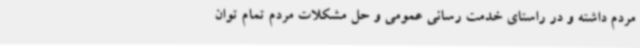
مردم داشته و در راستای خدمت رسانی عمومی و حل مشکلات مردم تمام توان